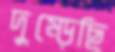
দুম্‌ড়েছি